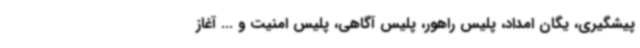
پیشگیری، یگان امداد، پلیس راهور، پلیس آگاهی، پلیس امنیت و ... آغاز